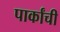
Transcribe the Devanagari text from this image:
पार्कांची